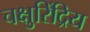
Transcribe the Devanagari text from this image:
चक्षुरिंद्रिय